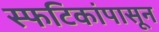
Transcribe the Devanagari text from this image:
स्फटिकांपासून